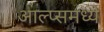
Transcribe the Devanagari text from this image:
आल्प्समध्ये